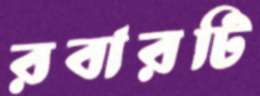
রবারটি